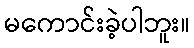
မကောင်းခဲ့ပါဘူး။